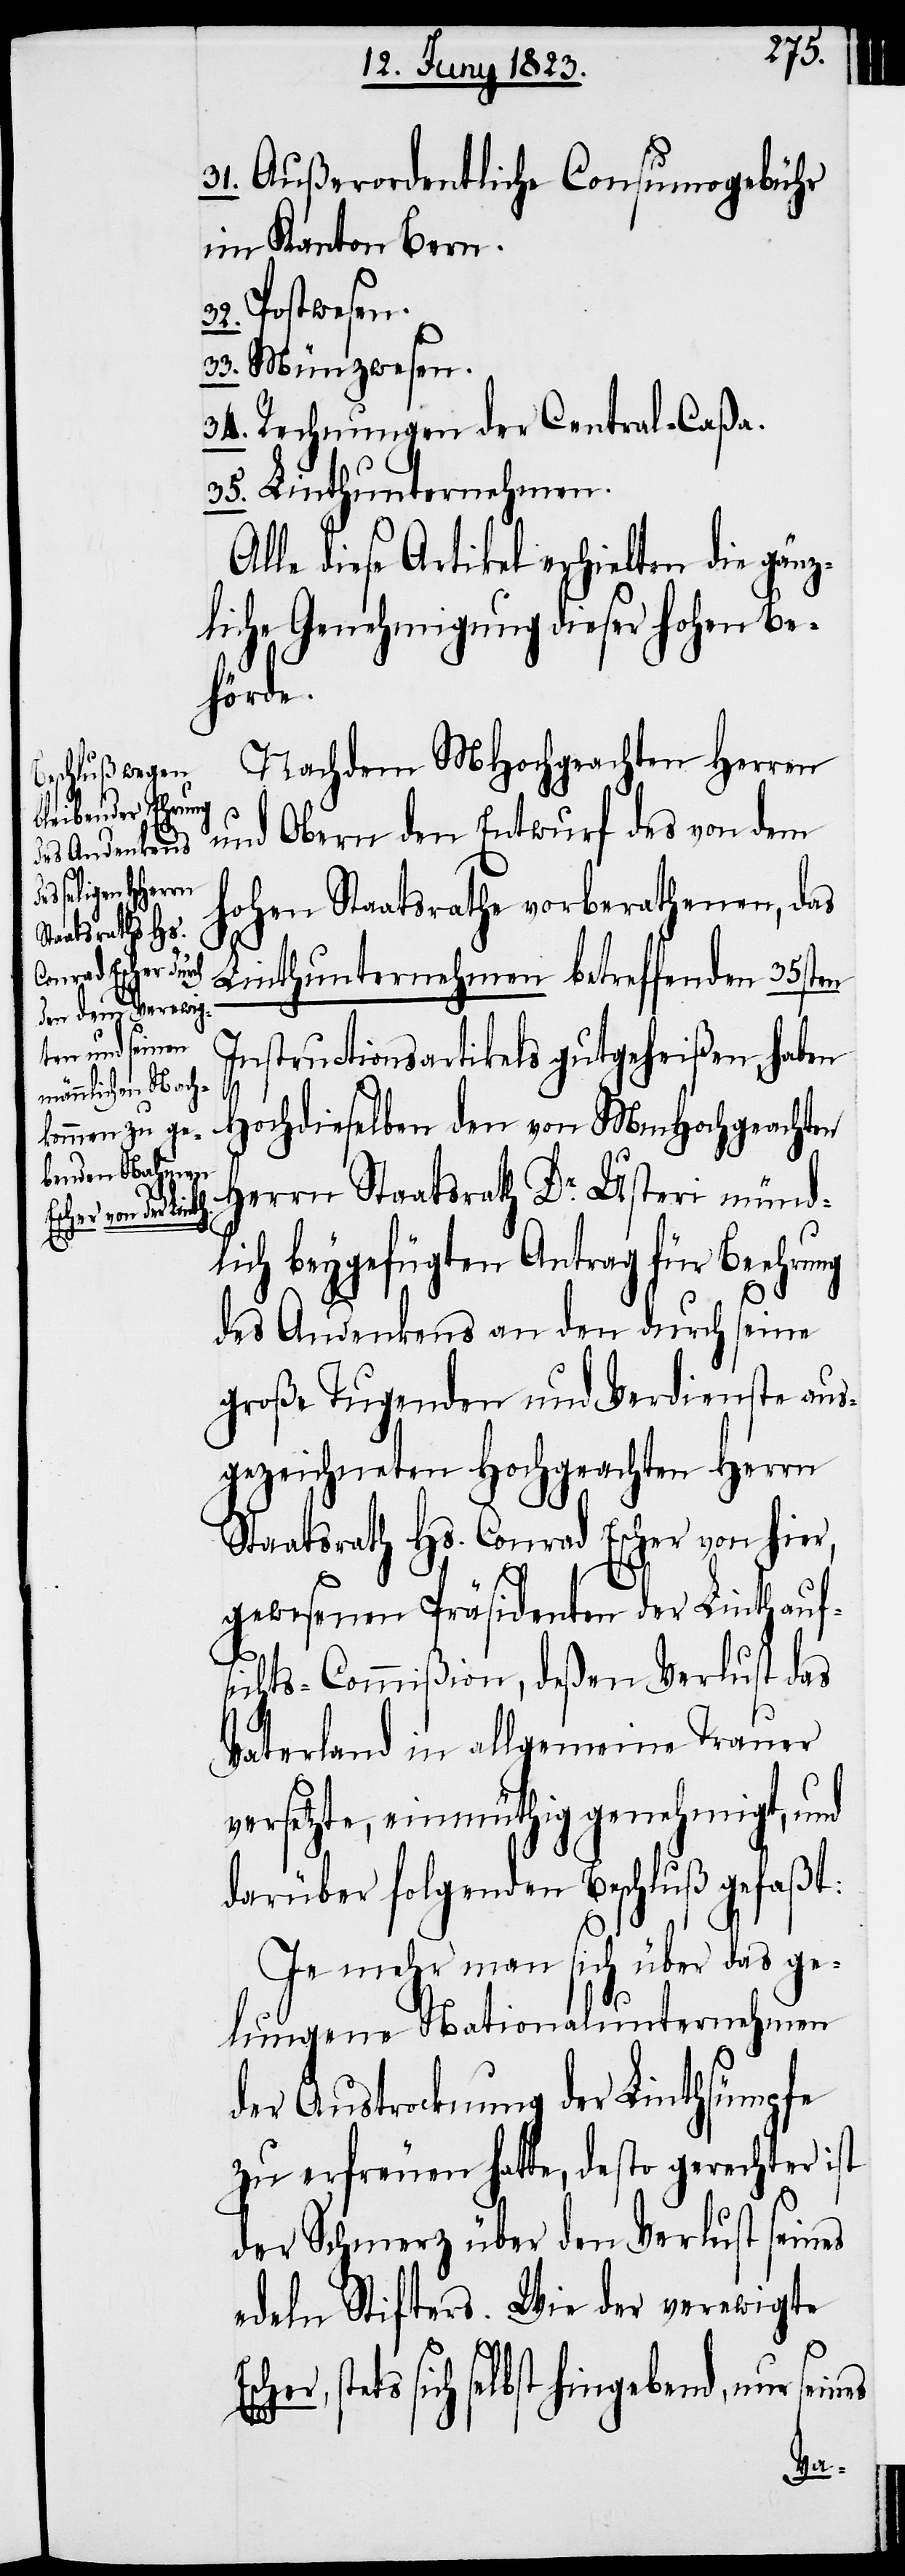
31. Außerordentliche Consumogebühr
im Kanton Bern.
32. Postwesen.
33. Münzwesen.
34. Rechnungen der Central-Caßa.
35. Linthunternehmen.
Alle diese Artikel erhielten die gänz¬
liche Genehmigung dieser hohen Be¬
hörde.
Nachdem MHochgeachten Herren
und Obern den Entwurf des von dem
hohen Staatsrathe vorberathenen, das
Linthunternehmen betreffenden 35sten
Instructionsartikels gutgeheißen, haben
Hochdieselben den von MmHochgeachten
Herrn Staatsrath Dr. Usteri münd¬
lich beygefügten Antrag für Beehrung
des Andenkens an den durch seine
große Tugenden und Verdienste aus¬
gezeichneten Hochgeachten Herrn
Staatsrath Hs. Conrad Escher von hier,
gewesenen Präsidenten der Linthauf¬
sichts-Commißion, deßen Verlust das
Vaterland in allgemeine Trauer
versetzte, einmüthig genehmigt, und
darüber folgenden Beschluß gefaßt:
Je mehr man sich über das ge¬
lungene Nationalunternehmen
der Austrocknung der Linthsümpfe
zu erfreuen hatte, desto gerechter ist
der Schmerz über den Verlust seines
edeln Stifters. Wie der verewigte
stets sich selbst hingebend, nur sei¬
nes